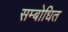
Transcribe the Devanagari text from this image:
सम्‍बोधित